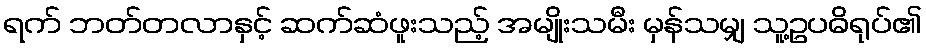
ရက် ဘတ်တလာနှင့် ဆက်ဆံဖူးသည့် အမျိုးသမီး မှန်သမျှ သူ့ဥပဓိရုပ်၏